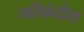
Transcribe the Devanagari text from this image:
परिकंदीय